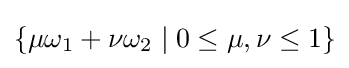
\{\mu \omega _{1}+\nu \omega _{2}\mid 0\leq \mu ,\nu \leq 1\}